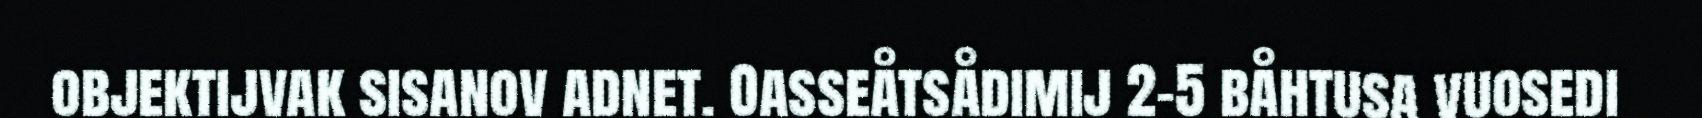
objektijvak sisanov adnet. Oasseåtsådimij 2-5 båhtusa vuosedi